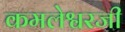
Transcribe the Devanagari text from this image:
कमलेश्वरजी